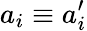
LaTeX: a_{i}\equiv a_{i}^{\prime}